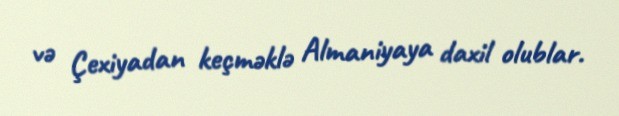
və Çexiyadan keçməklə Almaniyaya daxil olublar.